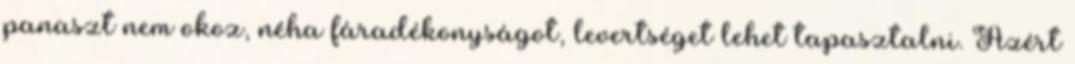
panaszt nem okoz, néha fáradékonyságot, levertséget lehet tapasztalni. Azért